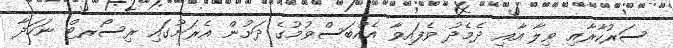
ސަރުކާރާއި ވިލާ އާއި ދެމެދު ވެފައިވާ އެއްބަސްވުމުގެ ދަށުން އެރަށުގައި ރިސޯރޓް ނަހަދާ